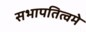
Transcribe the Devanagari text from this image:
सभापतित्वमे